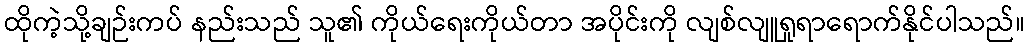
ထိုကဲ့သို့ချဉ်းကပ် နည်းသည် သူ၏ ကိုယ်ရေးကိုယ်တာ အပိုင်းကို လျစ်လျူရှုရာရောက်နိုင်ပါသည်။